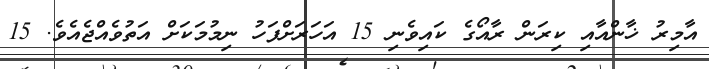
އާމިރު ޚާންއާއި ކިރަން ރާއޯގެ ކައިވެނި 15 އަހަރަށްފަހު ނިމުމަކަށް އަތުވެއްޖެއެވެ. 15